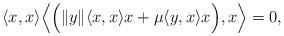
LaTeX: \begin{align*}\langle x, x \rangle\Big\langle \Big(\| y\| \langle x, x \rangle x + \mu \langle y, x \rangle x\Big), x \Big\rangle = 0,\end{align*}